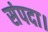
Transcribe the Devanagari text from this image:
संपदा।